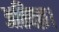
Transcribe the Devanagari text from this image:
अतिवक्र।